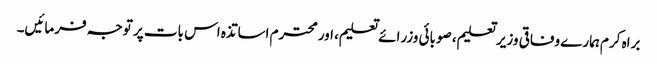
براہ کرم ہمارے وفاقی وزیر تعلیم، صوبائی وزرائے تعلیم، اور محترم اساتذہ اس بات پر توجہ فرمائیں۔